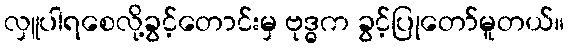
လှူပါရစေလို့ခွင့်တောင်းမှ ဗုဒ္ဓက ခွင့်ပြုတော်မူတယ်။